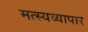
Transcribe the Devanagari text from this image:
मत्स्यव्यापार